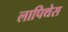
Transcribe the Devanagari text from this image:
लापिथेस